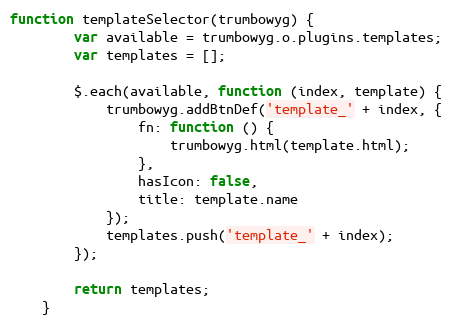
Language: JavaScript
function templateSelector(trumbowyg) {
        var available = trumbowyg.o.plugins.templates;
        var templates = [];

        $.each(available, function (index, template) {
            trumbowyg.addBtnDef('template_' + index, {
                fn: function () {
                    trumbowyg.html(template.html);
                },
                hasIcon: false,
                title: template.name
            });
            templates.push('template_' + index);
        });

        return templates;
    }